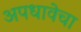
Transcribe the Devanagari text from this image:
अपधावेचा